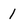
Character: l